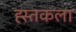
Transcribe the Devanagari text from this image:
ह्स्तकला